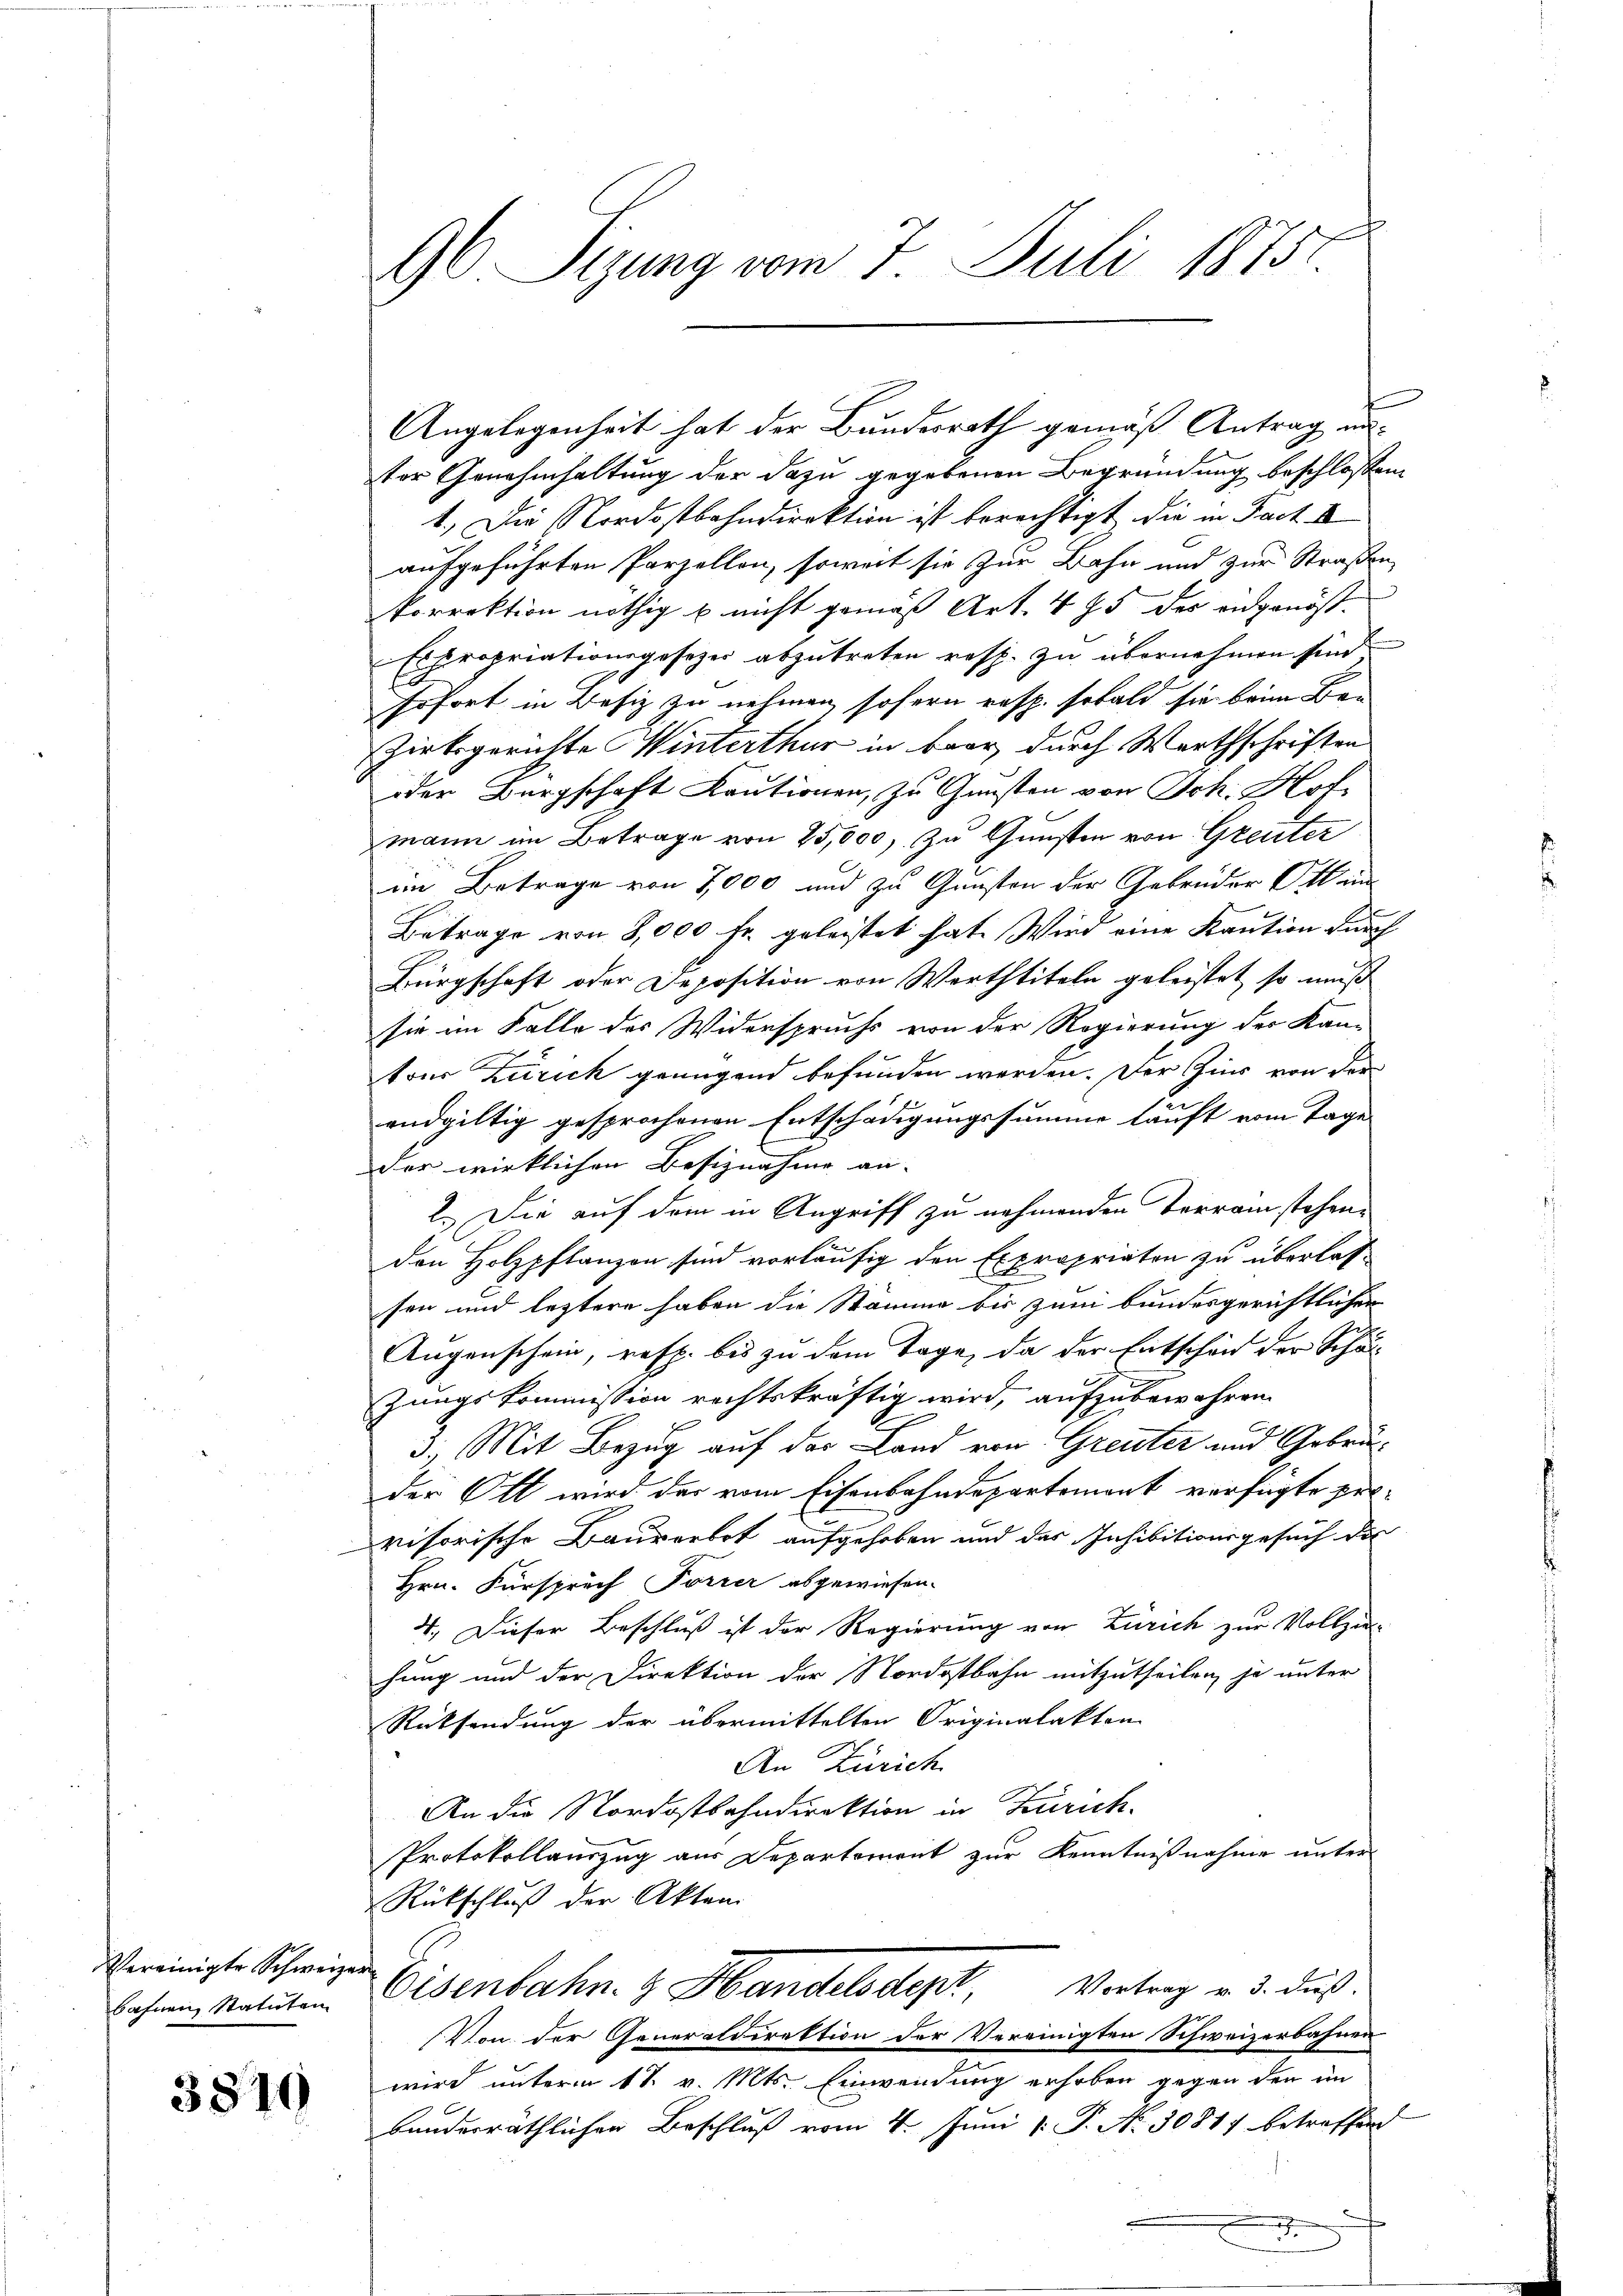
Vereinigte Schweizer

3810

f
ter Genehmhaltung der dazu gegebenen Begründung beschlossen
1.) Die Nordostbahndirektion ist berechtigt die in Fact. I
aufgeführten Parzellen, soweit sie zur Bahn und zur Straßen
korrektion nöthig u. nicht gemäß Art. 475 des angenöß¬
Expropriationsgesetzes abzutreten resp. zu übernehmen sind
Erfort in Besiz zu nehmen, sofern resp. sobald sie beim Be¬
Zirksgerichte Winterthur in baar durch Warthschriften
oder Bürgschaft Kautionen, zu Gunsten von Joh. Hof
mann im Betrage von 25,000 zu Gunsten von Greuter
im Betrage von 7,000 und zu Gunsten der Gebrüder Ott an
Betrage von 8,000 fr. geleistet hat. Wird eine Kaution durch
Bürgschaft oder Deposition von Warttiteln geleistet, so muß
sie im Falle des Widerspruchs von der Regierung der Kan-
tons Zürich genügend befunden werden. Der Zins von der
endgültig gesprochenen Entschädigungssumme läuft vom Tage
der wirklichen Besiznahme an-
2. Die auf dem in Angriff zu nehmenden Terrain stehene
den Holzpflanzon sind vorläufig den Expropriaten zu überlass
sen und leztere haben die Stämme bis zum bundesgerichtlichen
Augenschein, resp. bis zu dem Tage, da der Entschen der Schulzungskommission rechtskräftig wird, aufzubewahren.
3. Mit Bezug auf das Land von Greuter und Gebrüder Ott wird der vom Eisenbahndepartemont verfügte pervisorische Baurerbot aufgehoben und das Inhibitionsgesuch die
Hrn. Fürspruch Forrer abgewiesen.
4. Dieser Beschluß ist der Regierung von Zürich zur Vollzie-
hung und der Direktion der Nordostbahn mitzutheilen, je unter
Rücksendung der übermittelten Originalakten
An Zürich
An die Nordostbahndirektion in Zürich.
Protokollauszug aus Departement zur Kenntnißnahme unter
Rückschluß der Akten
bahren Statuten Eisenbahn- & Handelsdept, Vortrag v. 3. dus.
Von der Generaldirektion der Vereinigten Schweizerbahnen
wird unterm 11. v. Mts. Einwendung erhoben gegen den im
bauderräthlichen Beschluß vom 4. Juni v. P. No. 3081 betreffend
e
.

96 Sizung vom 7. Juli 1875.

Angelegenheit hat der Bundesrath gemäß Antrag an¬